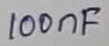
Text: 100nF